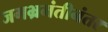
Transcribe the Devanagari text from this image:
जगभ्रमंतीनंतर